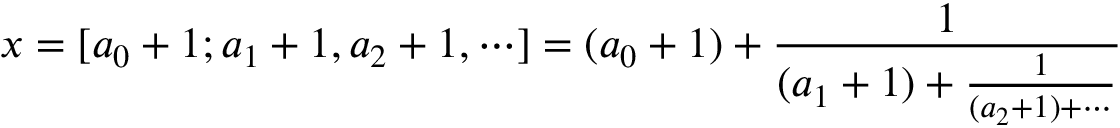
x = [ a _ { 0 } + 1 ; a _ { 1 } + 1 , a _ { 2 } + 1 , \cdots ] = ( a _ { 0 } + 1 ) + { \frac { 1 } { ( a _ { 1 } + 1 ) + { \frac { 1 } { ( a _ { 2 } + 1 ) + \cdots } } } }